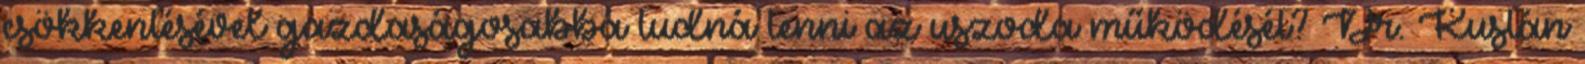
csökkentésével gazdaságosabbá tudná tenni az uszoda működését? Dr. Kustán